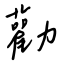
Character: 勸